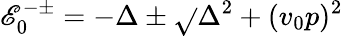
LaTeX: \mathscr{E}_{0}^{-\pm}=-\Delta\pm\sqrt{}{{\Delta^{2}+(v_{0}p)^{2}}}